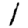
Digit: 1